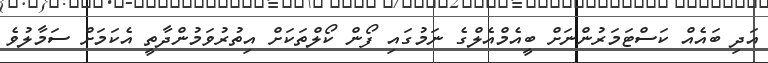
އަދި ބައެއް ކަސްޓަމަރުންނަށް ބީއެމްއެލްގެ ނަމުގައި ފޯން ކޯލްތަކަށް އިތުރުވަމުންދާތީ އެކަމަށް ސަމާލުވެ